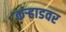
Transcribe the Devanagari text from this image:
कऱ्हाडवर